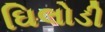
ઘિલોડી